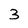
Character: 3